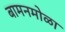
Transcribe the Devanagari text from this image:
बामनमोळा